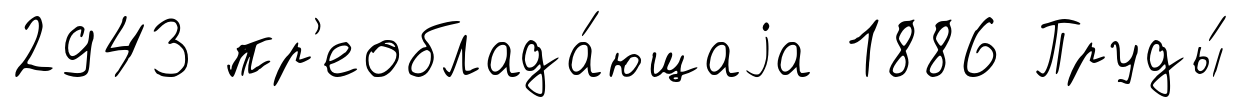
2943 пр'еоблада́ющаjа 1886 Пруды́